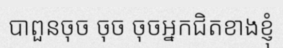
បាពួនចុច ចុច ចុចអ្នកជិតខាងខ្ញុំ